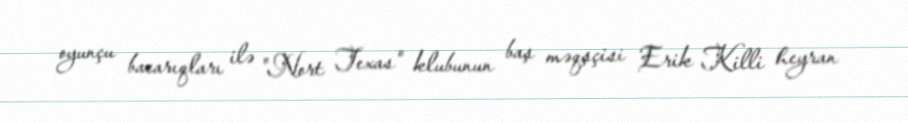
oyunçu bacarıqları ilə "Nort Texas" klubunun baş məqşçisi Erik Killi heyran